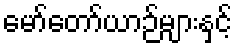
မော်တော်ယာဉ်များနှင့်